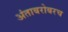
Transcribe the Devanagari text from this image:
अंताबरोबरच